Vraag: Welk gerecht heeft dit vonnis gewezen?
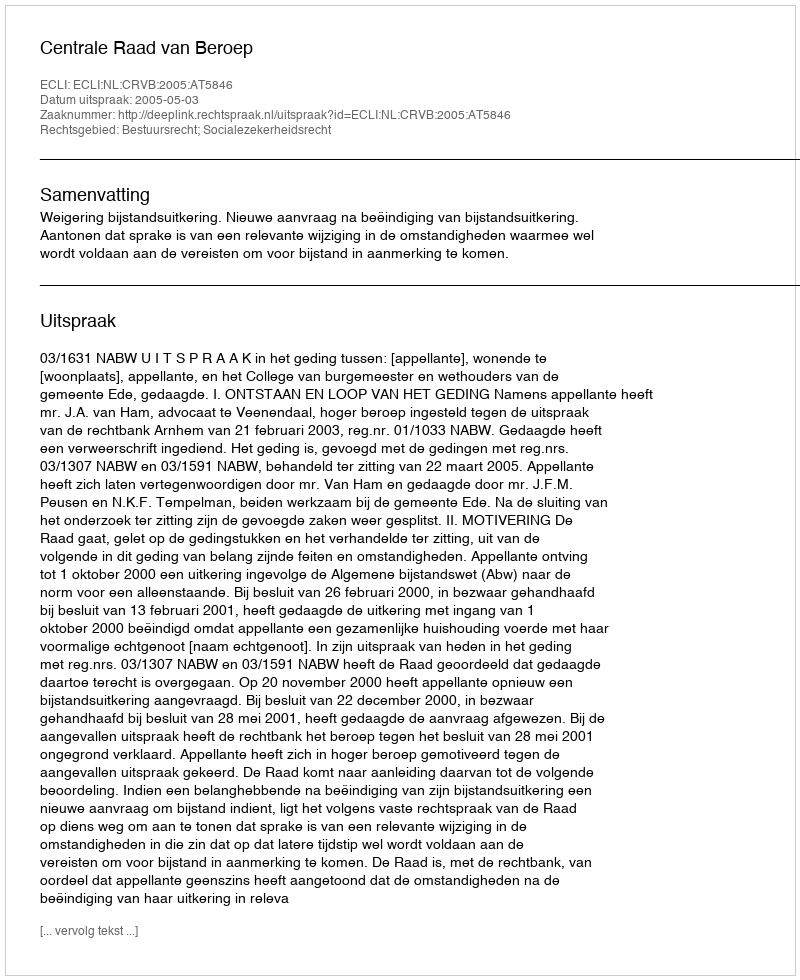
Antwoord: Centrale Raad van Beroep